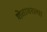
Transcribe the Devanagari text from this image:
शेतावरल्या